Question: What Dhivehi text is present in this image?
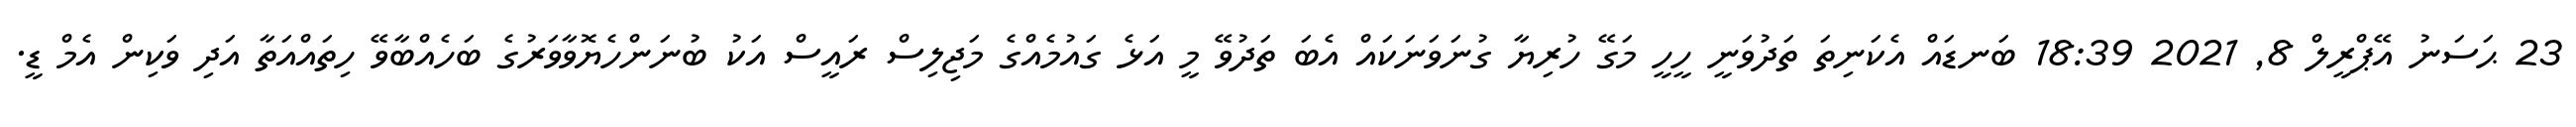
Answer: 23 ޙަސަނު އޭޕްރީލް 8, 2021 18:39 ބަނޑައް އެކަނިތަ ތަދުވަނީ ހީހީ މަގޭ ހުރިޔާ ގުނަވަނަކައް އެބަ ތަދުވޭ މީ އަޅެ ގައުމެއްގެ މަޖިލިސް ރައީސް އަކު ބުނަންހެޔޮވާވަރުގެ ބަހެއްބާވޭ ހިތައްއަތާ އަދި ވަކިން އެމް ޑީ.